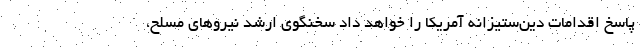
پاسخ اقدامات دین‌ستیزانه آمریکا را خواهد داد سخنگوی ارشد نیروهای مسلح،